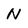
Character: N